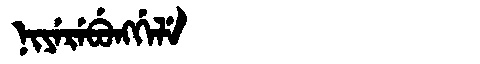
Manchu: ᠨᡳᠶᡝᡵᡝᠪᡠᠩᡤᡝᠯᡝ
Romanization: NIYEREBUNGGELE